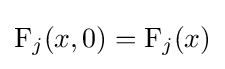
\operatorname {F} _{j}(x,0)=\operatorname {F} _{j}(x)